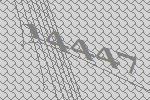
14447